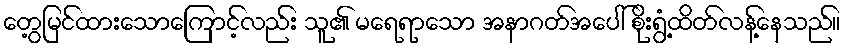
တွေ့မြင်ထားသောကြောင့်လည်း သူ၏ မရေရာသော အနာဂတ်အပေါ် စိုးရွံ့ထိတ်လန့်နေသည်။